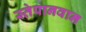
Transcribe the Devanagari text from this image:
स्तेपानवान